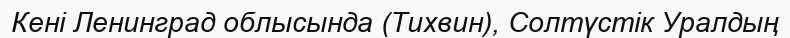
Кені Ленинград облысында (Тихвин), Солтүстік Уралдың